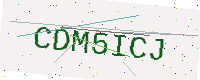
Text: CDM5ICJ